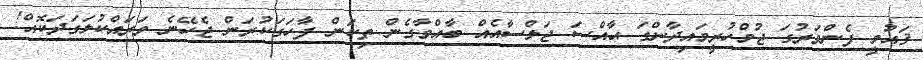
ޤައުމީ ފެންވަރުގަ ޖުމްހުރީމައިދާންގަ ޙާއްސަ ޖަލްސާއެއް ބާއްވާގެން ތިކަން ފާހަގަކުރަން ޖެހޭނެ ވަރައްކުލަގަދަކޮއް!